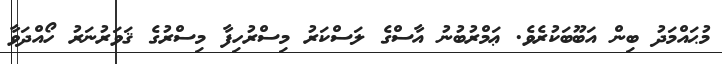
މުޙައްމަދު ބިން އަބޫބަކުރެވެ. ޢަމްރުބުނު އާސްގެ ލަސްކަރު މިސްރުހިފާ މިސްރުގެ ޤަވަރުނަރު ހޯއްދަވާ